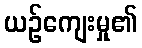
ယဉ်ကျေးမှု၏